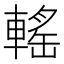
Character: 𨍳